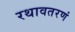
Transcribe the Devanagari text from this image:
रथावतरणं